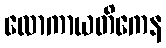
လောကာယတိကေန